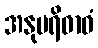
အနုပရိဓာဝံ